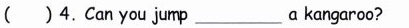
( )4.Can you jump___ a kangaroo?